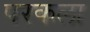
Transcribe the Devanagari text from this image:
परकला